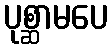
ပုစ္ဆာမပေ